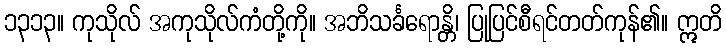
၁၃၁၃။ ကုသိုလ် အကုသိုလ်ကံတို့ကို။ အဘိသင်္ခရောန္တိ၊ ပြုပြင်စီရင်တတ်ကုန်၏။ ဣတိ